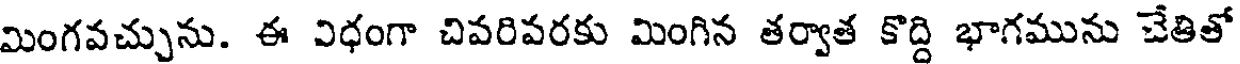
మింగవచ్చును. ఈ విధంగా చివరివరకు మింగిన తర్వాత కొద్ది భాగమును చేతితో